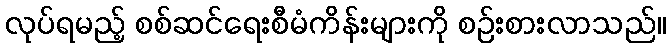
လုပ်ရမည့် စစ်ဆင်ရေးစီမံကိန်းများကို စဉ်းစားလာသည်။